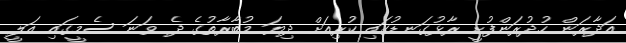
އަދާރަން ހުދުރަންފުށީ ރާޅުގަނޑުގައި ކުރިއަށް ދިޔަ މުބާރާތުގެ ދެ ވަނަ ސެމީގައި އަލީ